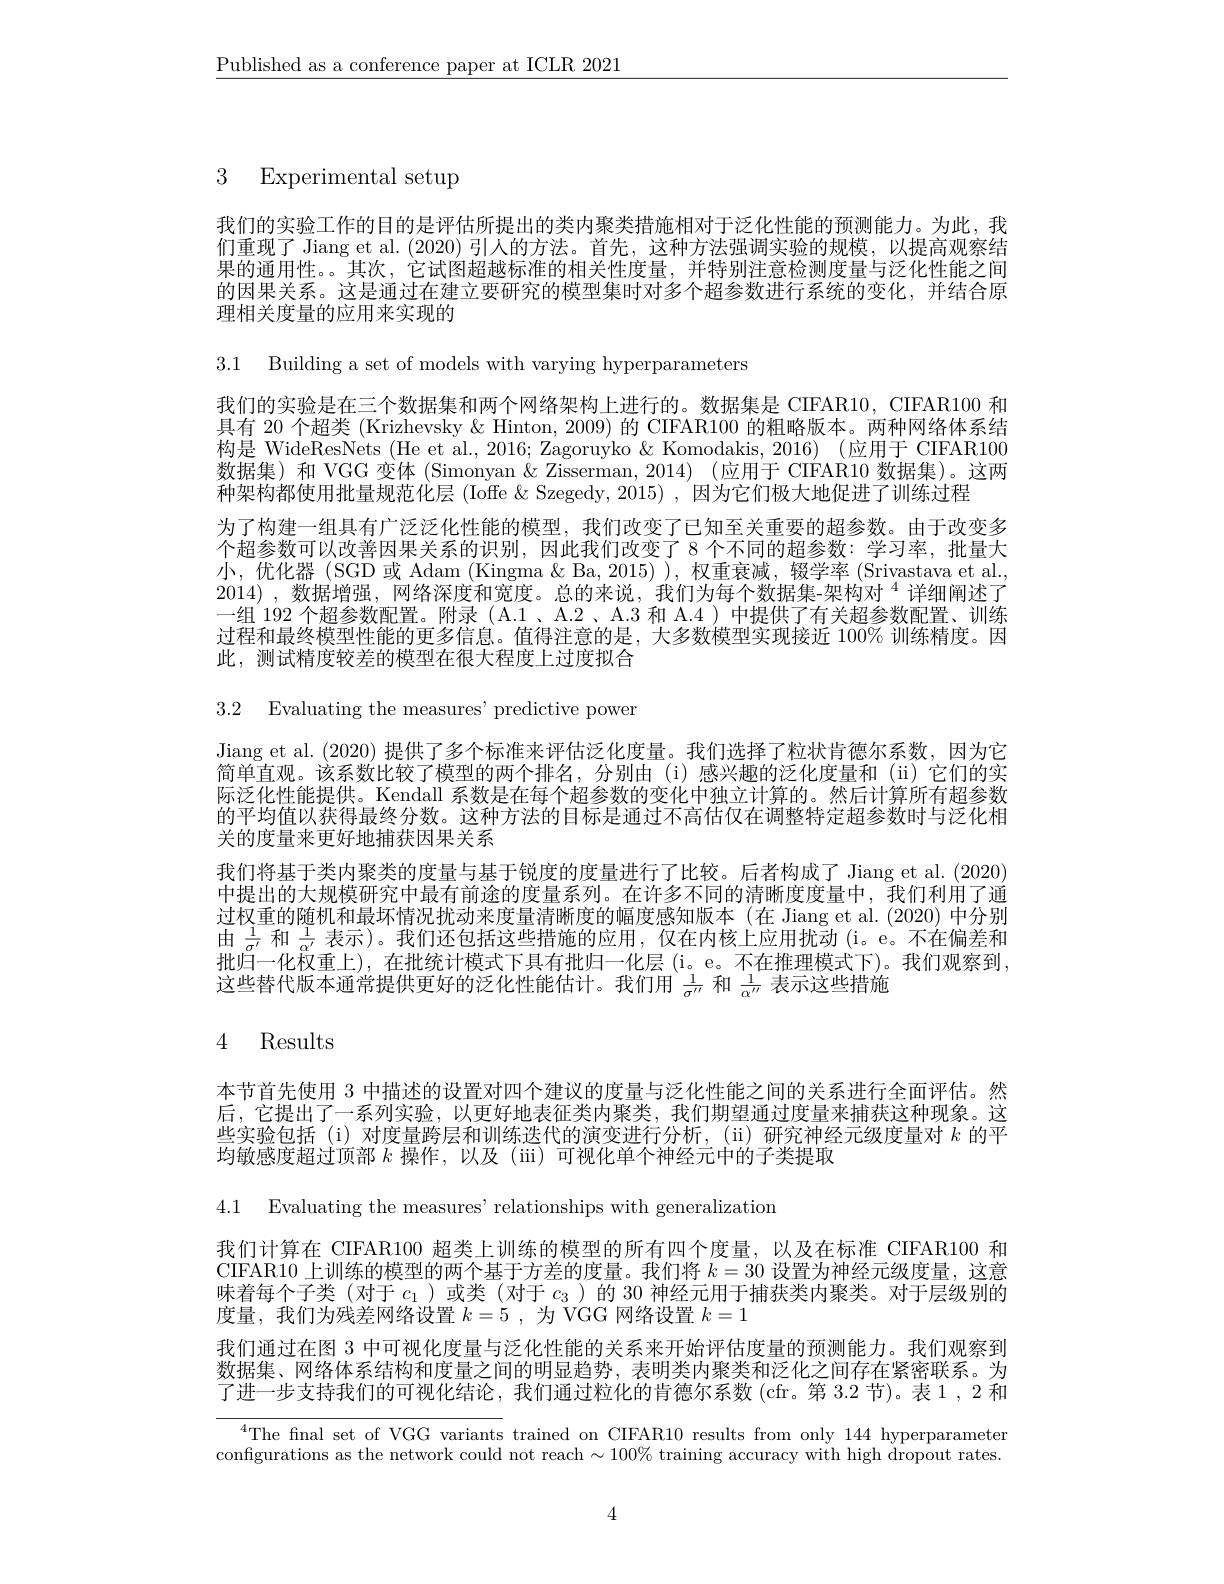
$\underline{\text{Published as a conference paper at ICLR 2021}}$

3 Experimental setup

我们的实验工作的目的是评估所提出的类内聚类措施相对于泛化性能的预测能力。为此，我们重现了 Jiang et al. (2020) 引人的方法。首先，这种方法强调实验的规模，以提高观察结果的通用性。。其次，它试图超越标准的相关性度量，并特别注意检测度量与泛化性能之间的因果关系。这是通过在建立要研究的模型集时对多个超参数进行系统的变化，并结合原理相关度量的应用来实现的

3.1 Building a set of models with varying hyperparameters

我们的实验是在三个数据集和两个网络架构上进行的。数据集是 CIFAR10, CIFAR100 和

具有 20 个超类 (Krizhevsky & Hinton, 2009) 的 CIFAR100 的粗略版本。两种网络体系结

构是 WideResNets (He et al., 2016; Zagoruyko & Komodakis, 2016) (应用于 CIFAR100

数据集) 和 VGG 变体 (Simonyan & Zisserman, 2014) (应用于 CIFAR10 数据集)。这两

种架构都使用批量规范化层 (Ioffe &Szegedy,2015) ,因为它们极大地促进了训练过程

为了构建一组具有广泛泛化性能的模型，我们改变了已知至关重要的超参数。由于改变多

个超参数可以改善因果关系的识别，因此我们改变了 8 个不同的超参数：学习率，批量大

小，优化器(SGD或 Adam (Kingma & Ba, 2015)), 权重衰减，辍学率 (Srivastava et al.

2014) ,数据增强 , 网络深度和宽度。总的来说，我们为每个数据集-架构对$^{4}$详细阐述了

一组 192 个超参数配置。附录 (A.1、A.2、A.3 和 A.4 )中提供了有关超参数配置、训练

过程和最终模型性能的更多信息。值得注意的是，大多数模型实现接近 100% 训练精度。因

此，测试精度较差的模型在很大程度上过度拟合

3.2 Evaluating the measures' predictive power

Jiang et al. (2020) 提供了多个标准来评估泛化度量。我们选择了粒状肯德尔系数，因为它简单直观。该系数比较了模型的两个排名，分别由(i)感兴趣的泛化度量和(ii)它们的实际泛化性能提供。Kendall 系数是在每个超参数的变化中独立计算的。然后计算所有超参数的平均值以获得最终分数。这种方法的目标是通过不高估仅在调整特定超参数时与泛化相关的度量来更好地捕获因果关系
我们将基于类内聚类的度量与基于锐度的度量进行了比较。后者构成了 Jiang et al. (2020) 中提出的大规模研究中最有前途的度量系列。在许多不同的清晰度度量中，我们利用了通过权重的随机和最坏情况扰动来度量清晰度的幅度感知版本(在 Jiang et al.(2020)中分别由$\frac1{\sigma^{\prime}}$ 和$\frac1{\alpha^{\prime}}$ 表示)。我们还包括这些措施的应用，仅在内核上应用扰动 (i。e。不在偏差和批归一化权重上),在批统计模式下具有批归一化层(i。e。不在推理模式下)。我们观察到， 这些替代版本通常提供更好的泛化性能估计。我们用$\frac1{\sigma^{\prime\prime}}$和$\frac1{\alpha^{\prime\prime}}$表示这些措施

# 4 Results

本节首先使用 3 中描述的设置对四个建议的度量与泛化性能之间的关系进行全面评估。然后，它提出了一系列实验，以更好地表征类内聚类，我们期望通过度量来捕获这种现象。这些实验包括(i)对度量跨层和训练迭代的演变进行分析，(ii)研究神经元级度量对$k$的平均敏感度超过顶部$k$操作，以及(ii)可视化单个神经元中的子类提取

4.1 Evaluating the measures' relationships with generalization

我们计算在 CIFAR100 超类上训练的模型的所有四个度量，以及在标准 CIFAR100 和CIFAR10 上训练的模型的两个基于方差的度量。我们将$k=30$设置为神经元级度量，这意味着每个子类 (对于$c_1$ )或类 (对于$c_3$ )的 30 神经元用于捕获类内聚类。对于层级别的度量，我们为残差网络设置$k=5$,为 VGG 网络设置$k=1$
我们通过在图 3 中可视化度量与泛化性能的关系来开始评估度量的预测能力。我们观察到数据集、网络体系结构和度量之间的明显趋势，表明类内聚类和泛化之间存在紧密联系。为了进一步支持我们的可视化结论，我们通过粒化的肯德尔系数(cfr。第 3.2 节)。表1，2 和

$^{4}$The fnal set of VGG variants trained on CIFAR10 results from only 144 hyperparameter configurations as the network could not reach $\sim100\%$ training accuracy with high dropout rates

4